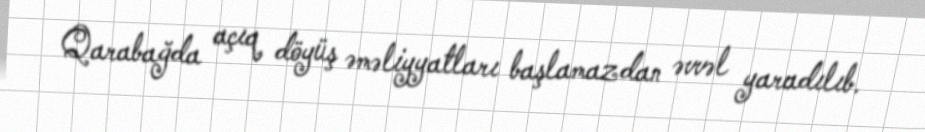
Qarabağda açıq döyüş əməliyyatları başlamazdan əvvəl yaradılıb.